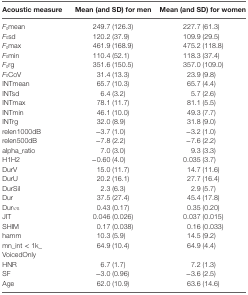
<table><thead><tr><td><b>Acoustic measure</b></td><td><b>Mean (and SD) for men</b></td><td><b>Mean (and SD) for women</b></td></tr></thead><tbody><tr><td><i>F</i><sub>0</sub>mean</td><td>249.7 (126.3)</td><td>227.7 (61.3)</td></tr><tr><td><i>F</i><sub>0</sub>sd</td><td>120.2 (37.9)</td><td>109.9 (29.5)</td></tr><tr><td><i>F</i><sub>0</sub>max</td><td>461.9 (168.9)</td><td>475.2 (118.8)</td></tr><tr><td><i>F</i><sub>0</sub>min</td><td>110.4 (52.1)</td><td>118.3 (37.4)</td></tr><tr><td><i>F</i><sub>0</sub>rg</td><td>351.6 (150.5)</td><td>357.0 (109.0)</td></tr><tr><td><i>F</i><sub>0</sub>CoV</td><td>31.4 (13.3)</td><td>23.9 (9.8)</td></tr><tr><td>INTmean</td><td>65.7 (10.3)</td><td>65.7 (4.4)</td></tr><tr><td>INTsd</td><td>6.4 (3.2)</td><td>5.7 (2.6)</td></tr><tr><td>INTmax</td><td>78.1 (11.7)</td><td>81.1 (5.5)</td></tr><tr><td>INTmin</td><td>46.1 (10.0)</td><td>49.3 (7.7)</td></tr><tr><td>INTrg</td><td>32.0 (8.9)</td><td>31.8 (9.0)</td></tr><tr><td>relen1000dB</td><td>−3.7 (1.0)</td><td>−3.2 (1.0)</td></tr><tr><td>relen500dB</td><td>−7.8 (2.2)</td><td>−7.6 (2.2)</td></tr><tr><td>alpha_ratio</td><td>7.0 (3.0)</td><td>9.3 (3.3)</td></tr><tr><td>H1H2</td><td>−0.60 (4.0)</td><td>0.035 (3.7)</td></tr><tr><td>DurV</td><td>15.0 (11.7)</td><td>14.7 (11.6)</td></tr><tr><td>DurU</td><td>20.2 (16.1)</td><td>27.7 (16.4)</td></tr><tr><td>DurSil</td><td>2.3 (6.3)</td><td>2.9 (5.7)</td></tr><tr><td>Dur</td><td>37.5 (27.4)</td><td>45.4 (17.8)</td></tr><tr><td>Dur<sub>V/S</sub></td><td>0.43 (0.17)</td><td>0.35 (0.20)</td></tr><tr><td>JIT</td><td>0.046 (0.026)</td><td>0.037 (0.015)</td></tr><tr><td>SHIM</td><td>0.17 (0.038)</td><td>0.16 (0.033)</td></tr><tr><td>hamm</td><td>10.3 (5.9)</td><td>14.5 (9.2)</td></tr><tr><td>mn_int &lt; 1k_VoicedOnly</td><td>64.9 (10.4)</td><td>64.9 (4.4)</td></tr><tr><td>HNR</td><td>6.7 (1.7)</td><td>7.2 (1.3)</td></tr><tr><td>SF</td><td>−3.0 (0.96)</td><td>−3.6 (2.5)</td></tr><tr><td>Age</td><td>62.0 (10.9)</td><td>63.6 (14.6)</td></tr></tbody></table>